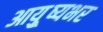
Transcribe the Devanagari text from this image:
आयु़्ष्यभर